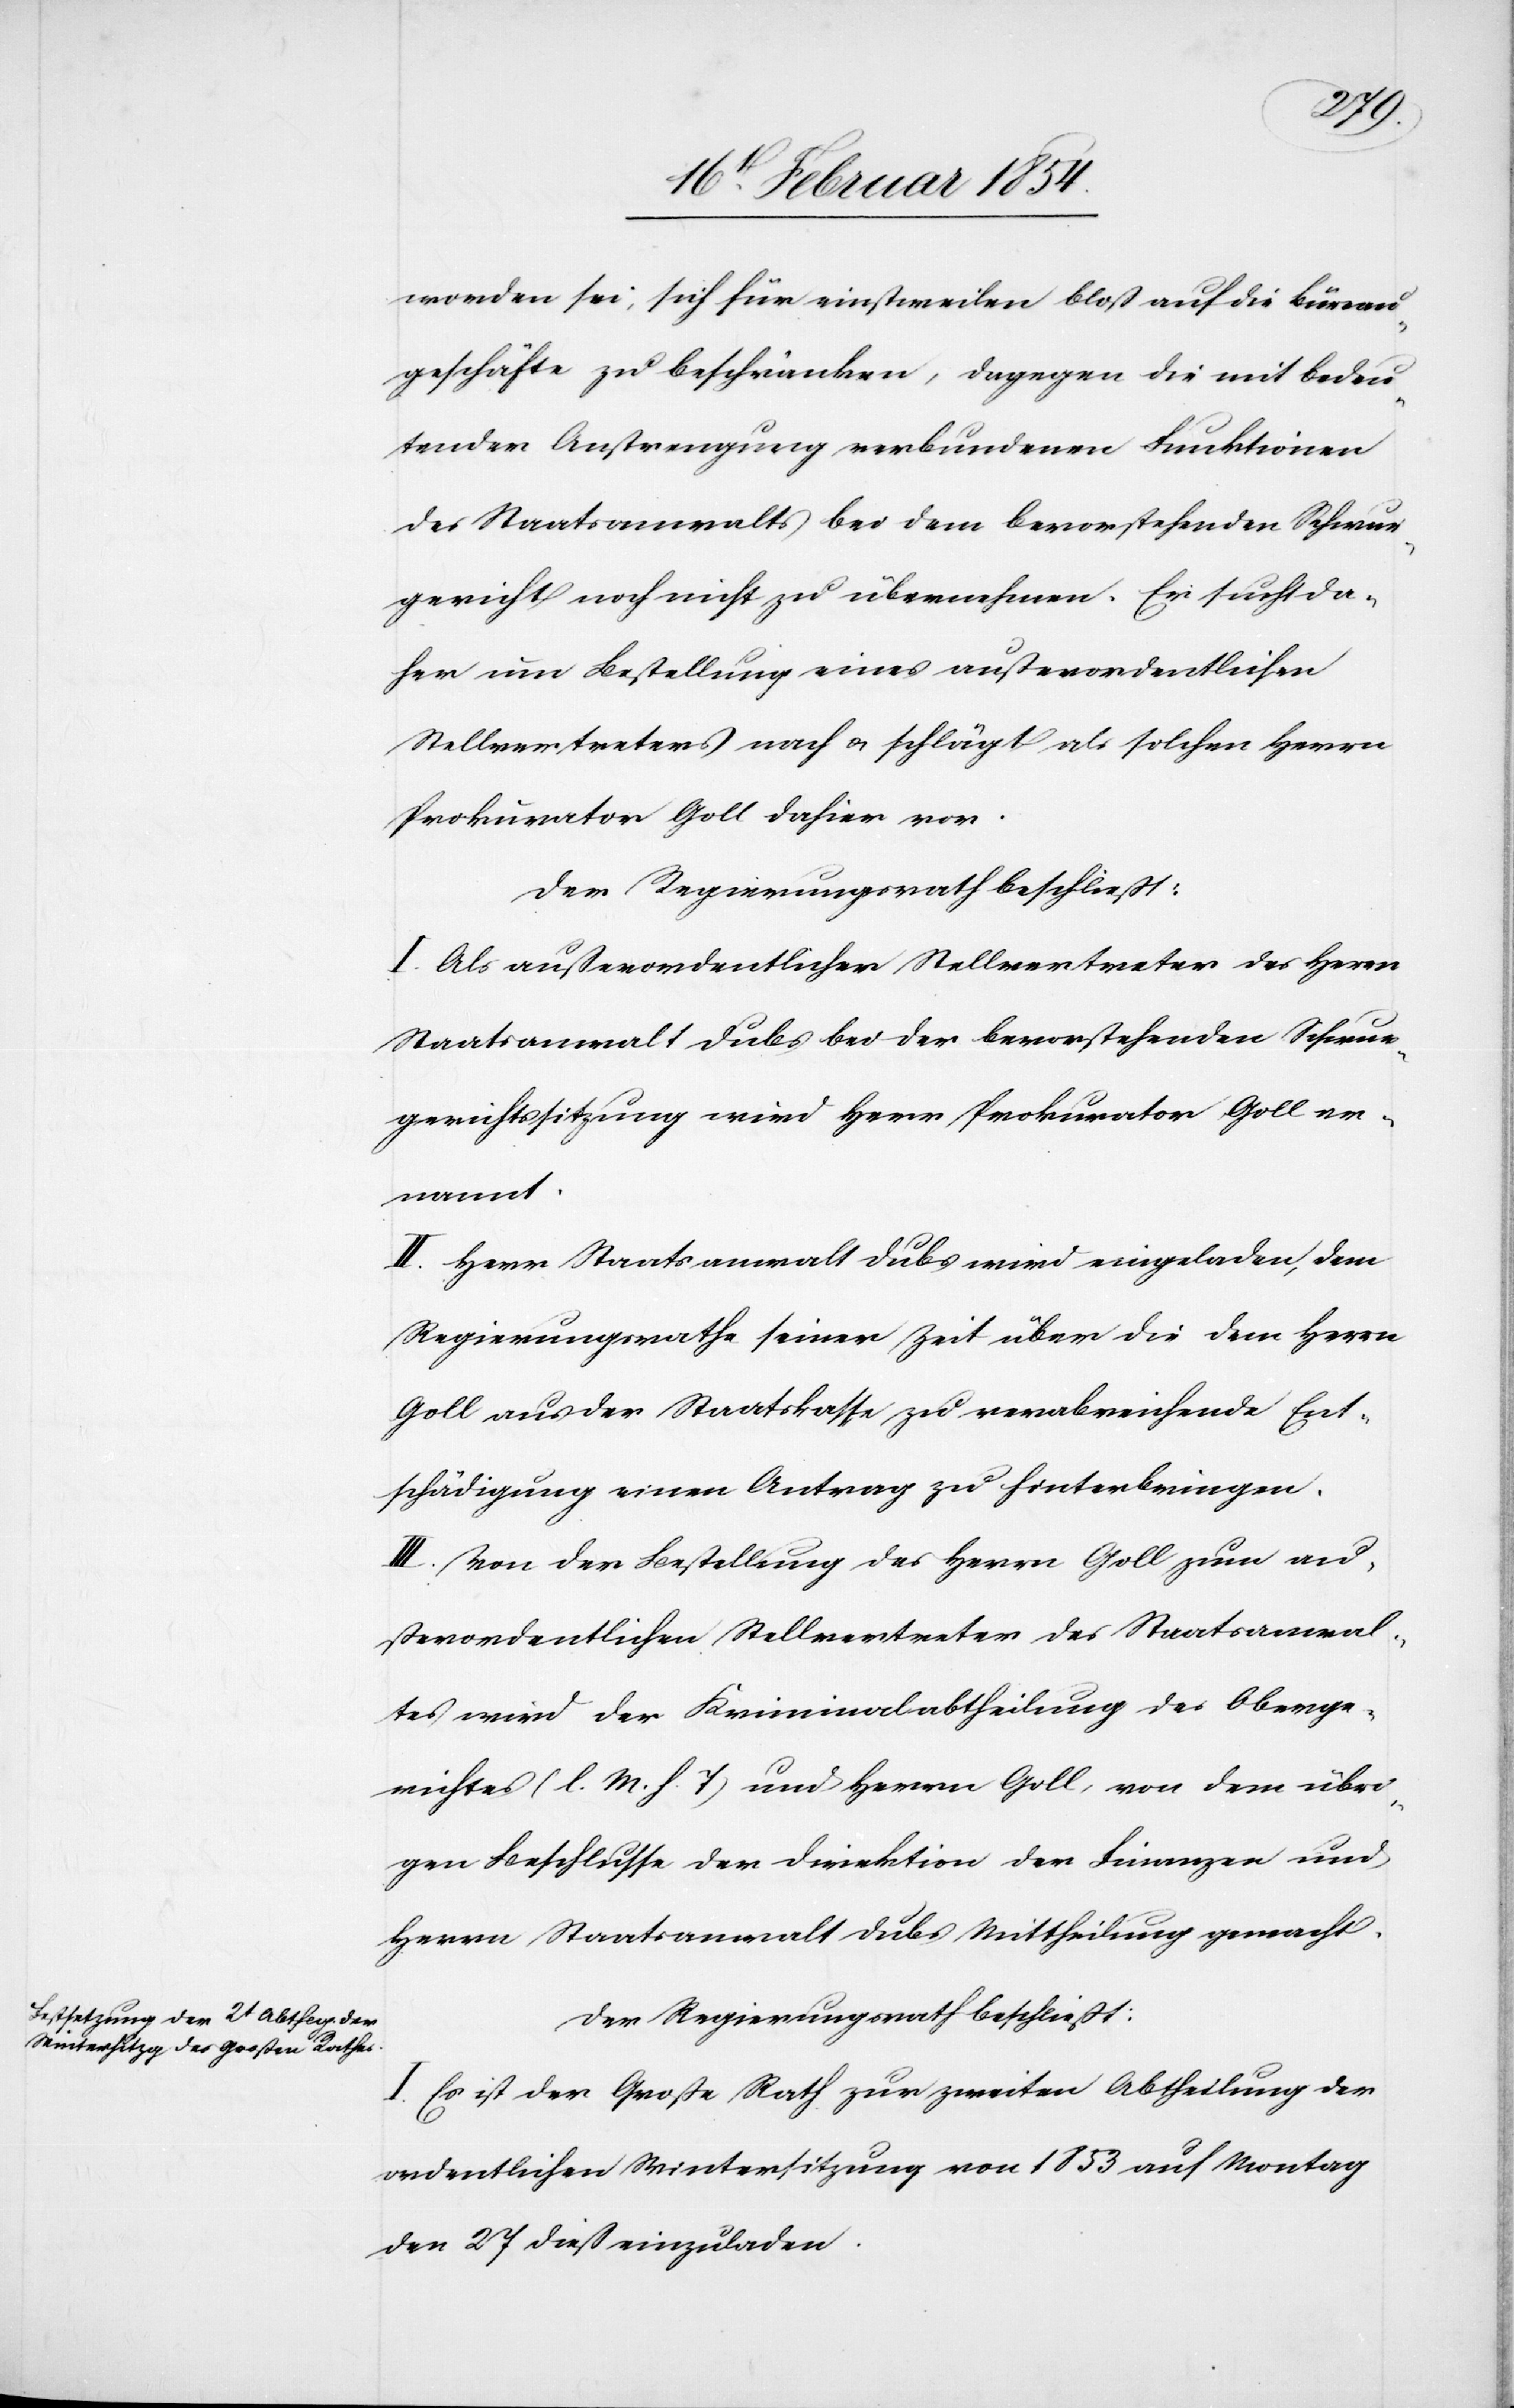
worden sei, sich für einstweilen bloß auf die Büreau¬
geschäfte zu beschränken, dagegen die mit bedeu¬
tender Anstrengung verbundenen Funktionen
des Staatsanwalts bei dem bevorstehenden Schwur¬
gericht noch nicht zu übernehmen. Er sucht da¬
her um Bestellung eines außerordentlichen
Stellvertreters nach u. schlägt als solchen Herrn
Prokurator Goll dahier vor.
Der Regierungsrath beschließt:
I. Als außerordentlicher Stellvertreter des Herrn
Staatsanwalt Dubs bei der bevorstehenden Schwur¬
gerichtssitzung wird Herr Prokurator Goll er¬
nannt.
II. Herr Staatsanwalt Dubs wird eingeladen, dem
Regierungsrathe seiner Zeit über die dem Herrn
Goll aus der Staatskasse zu verabreichende Ent¬
schädigung einen Antrag zu hinterbringen.
III. Von der Bestellung des Herrn Goll zum au¬
ßerordentlichen Stellvertreter des Staatsanwal¬
tes wird der Kriminalabtheilung des Oberge¬
richtes (l. M. h. T) und Herrn Goll, von dem übri¬
gen Beschlusse der Direktion der Finanzen und
Herrn Staatsanwalt Dubs Mittheilung gemacht.
Der Regierungsrath beschließt:
I. Es ist der Große Rath zur zweiten Abtheilung der
ordentlichen Wintersitzung von 1853 auf Montag
den 27 dieß einzuladen.